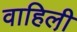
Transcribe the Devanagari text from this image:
वाहिली़